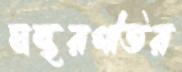
মন্থরগতির